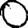
Digit: 0